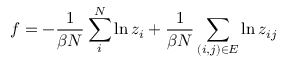
f = - \frac { 1 } { \beta N } \sum _ { i } ^ { N } \ln z _ { i } + \frac { 1 } { \beta N } \sum _ { ( i , j ) \in E } \ln z _ { i j }